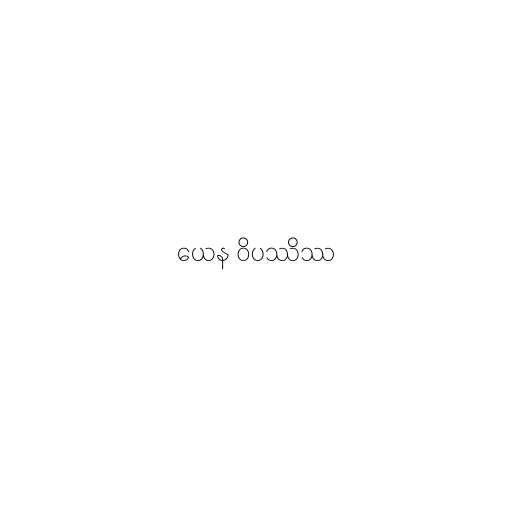
ယေန ဝိပဿိဿ